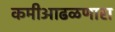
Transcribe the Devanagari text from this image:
कमीआढळणारा